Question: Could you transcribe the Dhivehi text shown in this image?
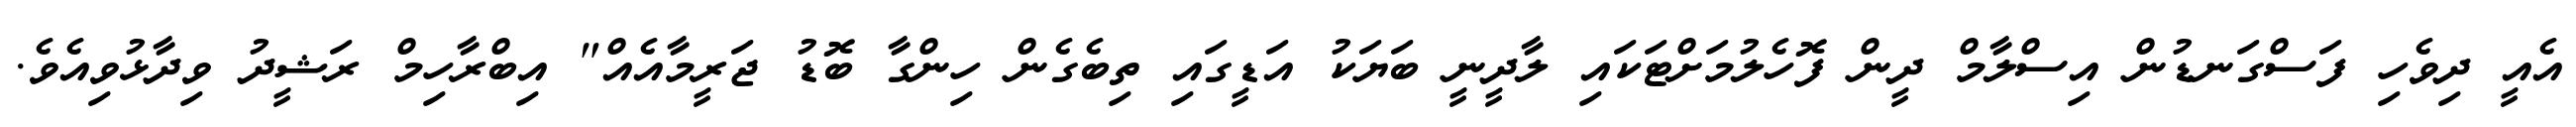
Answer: އެއީ ދިވެހި ފަސްގަނޑުން އިސްލާމް ދީން ފޮހެލުމަށްޓަކައި ލާދީނީ ބަޔަކު އަޑީގައި ތިބެގެން ހިންގާ ބޮޑު ޖަރީމާއެއް" އިބްރާހިމް ރަޝީދު ވިދާޅުވިއެވެ.